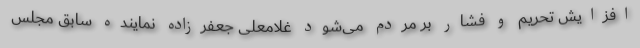
افزایش تحریم و فشار بر مردم می‌شود غلامعلی جعفرزاده نماینده سابق مجلس